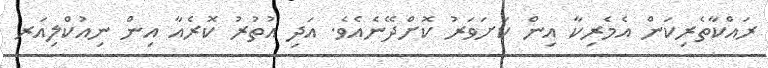
ރައްކާތެރިކަން އެމެރިކާ އިން ކަށަވަރު ކޮށްދޭނެއެވެ. އަދި އުތުރު ކޮރެއާ އިން ނިއުކްލިއަރ